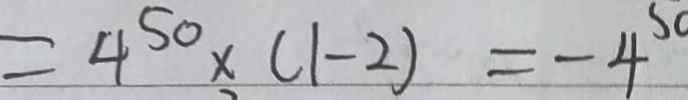
= 4 ^ { 5 0 } \times ( 1 - 2 ) = - 4 ^ { 5 0 }